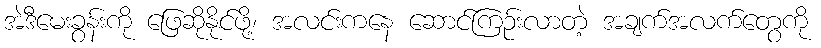
အဲဒီမေးခွန်းကို ဖြေဆိုနိုင်ဖို့၊ အလင်းကနေ ဆောင်ကြဉ်းလာတဲ့ အချက်အလက်တွေကို